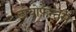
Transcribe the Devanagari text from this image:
डायोफ़ेन्तस